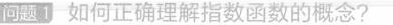
问题1-如何正确理解指数函数的概念?